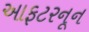
આફટરનૂન